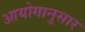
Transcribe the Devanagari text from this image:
आयोगानुसार